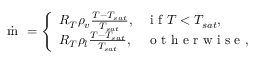
\dot { \mathrm { ~ m ~ } } = \left\{ \begin{array} { l l } { R _ { T } \rho _ { v } \frac { T - T _ { s a t } } { T _ { s a t } } , } & { \mathrm { ~ i ~ f ~ } T < T _ { s a t } , } \\ { R _ { T } \rho _ { l } \frac { T - T _ { s a t } } { T _ { s a t } } , } & { \mathrm { ~ o ~ t ~ h ~ e ~ r ~ w ~ i ~ s ~ e ~ } , } \end{array} \right.